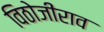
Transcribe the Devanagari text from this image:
विठोजीराव